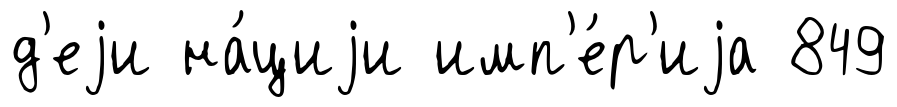
д'еjи на́циjи имп'е́р'иjа 849